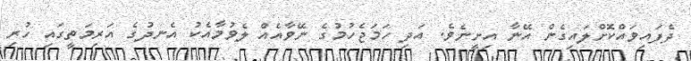
ދެފައިވައްކޮށްލައިގެން އޭނާ އިށީނެވެ. އަދި ހަމަޖެހުމުގެ ނޭވާއެއް ލެވުމާއެކު އެނދުގެ އަރިމަތީގައި ހުރި